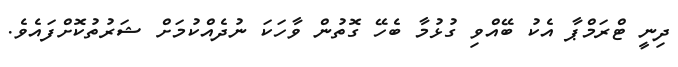
ދިނީ ޓްރަމްޕާ އެކު ބޭއްވި ގުޅުމާ ބެހޭ ގޮތުން ވާހަކަ ނުދެއްކުމަށް ޝަރުތުކޮށްފައެވެ.